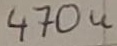
Text: 470u